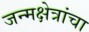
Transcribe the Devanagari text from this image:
जन्मक्षेत्रांचा